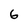
Character: 6